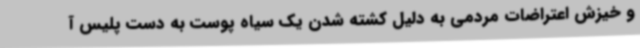
و خیزش اعتراضات مردمی به دلیل کشته شدن یک سیاه پوست به دست پلیس آ